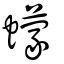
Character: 蠓